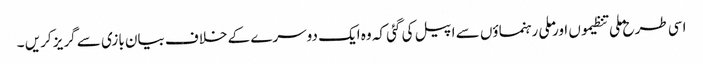
اسی طرح ملی تنظیموں اور ملی رہنماؤں سے اپیل کی گئی کہ وہ ایک دوسرے کے خلاف بیان بازی سے گریز کریں ۔